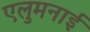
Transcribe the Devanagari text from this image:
एलुमनाई